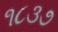
૧૮૩૭